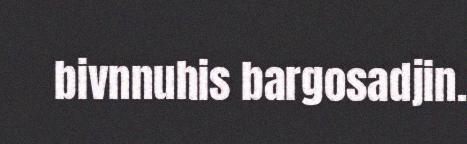
bivnnuhis bargosadjin.